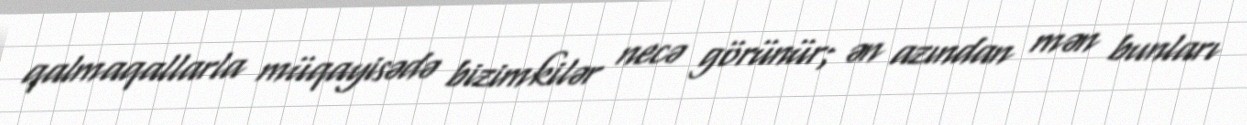
qalmaqallarla müqayisədə bizimkilər necə görünür; ən azından mən bunları